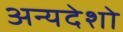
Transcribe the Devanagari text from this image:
अन्यदेशो